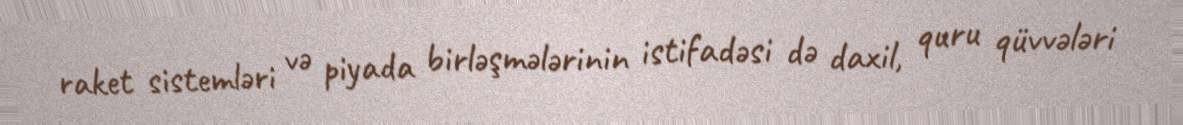
raket sistemləri və piyada birləşmələrinin istifadəsi də daxil, quru qüvvələri